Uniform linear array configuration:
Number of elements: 24
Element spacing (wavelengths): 0.25
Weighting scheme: hann
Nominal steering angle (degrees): -45
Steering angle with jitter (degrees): -45.971
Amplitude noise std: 0.05
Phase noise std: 0.05

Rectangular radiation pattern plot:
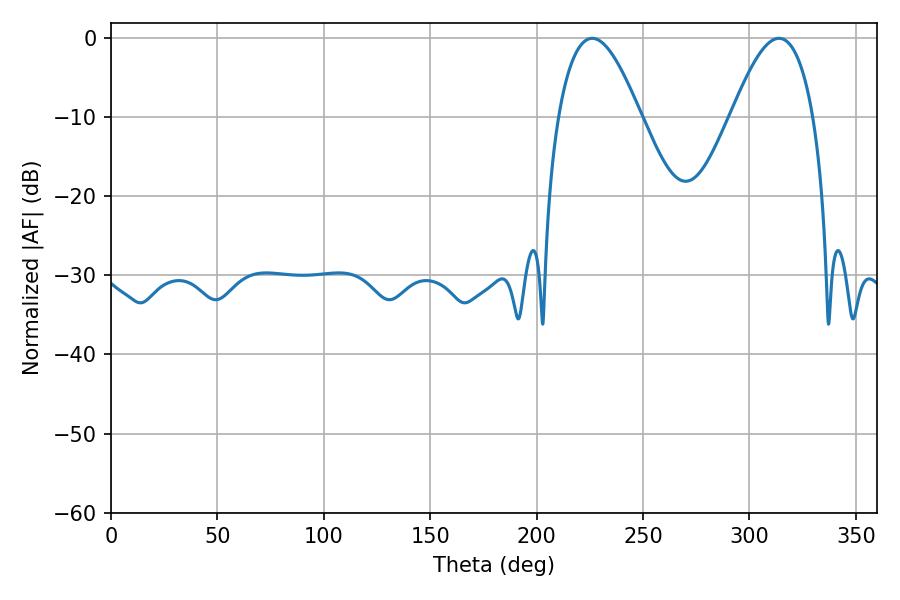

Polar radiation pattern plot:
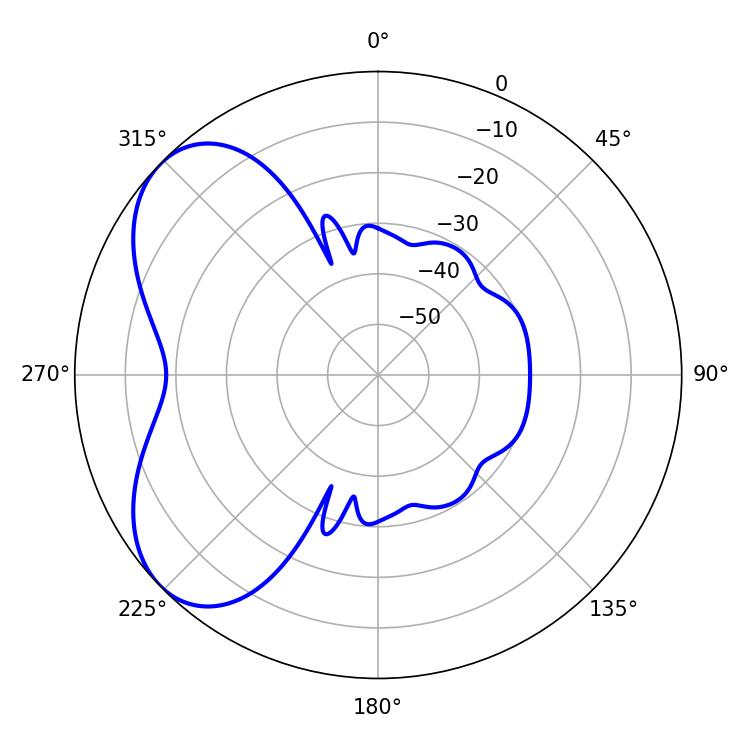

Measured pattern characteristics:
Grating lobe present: FALSE
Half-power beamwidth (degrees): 21.06
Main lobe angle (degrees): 226.08